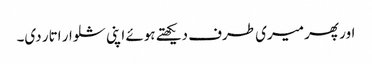
اور پھر میری طرف دیکھتے ہوئے اپنی شلوار اتار دی۔